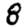
Digit: 8